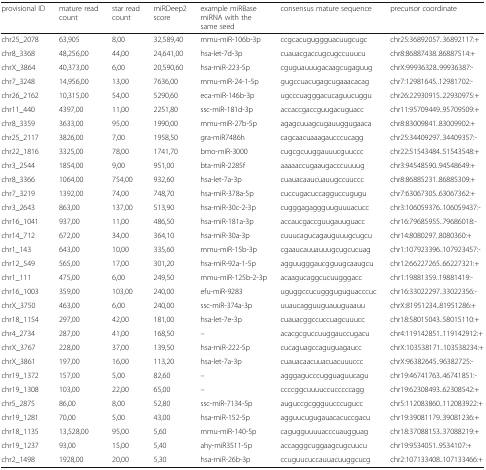
<table><thead><tr><td><b>provisional ID</b></td><td><b>mature read count</b></td><td><b>star read count</b></td><td><b>miRDeep2 score</b></td><td><b>example miRBase miRNA with the same seed</b></td><td><b>consensus mature sequence</b></td><td><b>precursor coordinate</b></td></tr></thead><tbody><tr><td>chr25_2078</td><td>63,905</td><td>8,00</td><td>32,589,40</td><td>mmu-miR-106b-3p</td><td>ccgcacuguggguacuugcugc</td><td>chr25:36892057..36892117:+</td></tr><tr><td>chr8_3368</td><td>48,256,00</td><td>44,00</td><td>24,641,00</td><td>hsa-let-7d-3p</td><td>cuauacgaccugcugccuuucu</td><td>chr8:86887438..86887514:+</td></tr><tr><td>chrX_3864</td><td>40,373,00</td><td>6,00</td><td>20,590,60</td><td>hsa-miR-223-5p</td><td>cguguauuugacaagcugaguug</td><td>chrX:99936328..99936387:-</td></tr><tr><td>chr7_3248</td><td>14,956,00</td><td>13,00</td><td>7636,00</td><td>mmu-miR-24-1-5p</td><td>gugccuacugagcugaaacacag</td><td>chr7:12981645..12981702:-</td></tr><tr><td>chr26_2162</td><td>10,315,00</td><td>54,00</td><td>5290,60</td><td>eca-miR-146b-3p</td><td>ugcccuagggacucaguucuggu</td><td>chr26:22930915..22930975:+</td></tr><tr><td>chr11_440</td><td>4397,00</td><td>11,00</td><td>2251,80</td><td>ssc-miR-181d-3p</td><td>accaccgaccguugacuguacc</td><td>chr11:95709449..95709509:+</td></tr><tr><td>chr8_3359</td><td>3633,00</td><td>95,00</td><td>1990,00</td><td>mmu-miR-27b-5p</td><td>agagcuuagcugauuggugaaca</td><td>chr8:83009841..83009902:+</td></tr><tr><td>chr25_2117</td><td>3826,00</td><td>7,00</td><td>1958,50</td><td>gra-miR7486h</td><td>cagcaacuaaagaucccucagg</td><td>chr25:34409297..34409357:-</td></tr><tr><td>chr22_1816</td><td>3325,00</td><td>78,00</td><td>1741,70</td><td>bmo-miR-3000</td><td>cugcgcuuggauuucguuccc</td><td>chr22:51543484..51543548:+</td></tr><tr><td>chr3_2544</td><td>1854,00</td><td>9,00</td><td>951,00</td><td>bta-miR-2285f</td><td>aaaaaccugaaugacccuuuug</td><td>chr3:94548590..94548649:+</td></tr><tr><td>chr8_3366</td><td>1064,00</td><td>754,00</td><td>932,60</td><td>hsa-let-7a-3p</td><td>cuauacaaucuauugccuuccc</td><td>chr8:86885231..86885309:+</td></tr><tr><td>chr7_3219</td><td>1392,00</td><td>74,00</td><td>748,70</td><td>hsa-miR-378a-5p</td><td>cuccugacuccagguccugugu</td><td>chr7:63067305..63067362:+</td></tr><tr><td>chr3_2643</td><td>863,00</td><td>137,00</td><td>513,90</td><td>hsa-miR-30c-2-3p</td><td>cugggagaggguuguuuacucc</td><td>chr3:106059376..106059437:-</td></tr><tr><td>chr16_1041</td><td>937,00</td><td>11,00</td><td>486,50</td><td>hsa-miR-181a-3p</td><td>accaucgaccguugauuguacc</td><td>chr16:79685955..79686018:-</td></tr><tr><td>chr14_712</td><td>672,00</td><td>34,00</td><td>364,10</td><td>hsa-miR-30a-3p</td><td>cuuucagucagauguuugcugcu</td><td>chr14:8080297..8080360:+</td></tr><tr><td>chr1_143</td><td>643,00</td><td>10,00</td><td>335,60</td><td>mmu-miR-15b-3p</td><td>cgaaucauuauuugcugcucuag</td><td>chr1:107923396..107923457:-</td></tr><tr><td>chr12_549</td><td>565,00</td><td>17,00</td><td>301,20</td><td>hsa-miR-92a-1-5p</td><td>agguugggaucgguugcaaugcu</td><td>chr12:66227265..66227321:+</td></tr><tr><td>chr1_111</td><td>475,00</td><td>6,00</td><td>249,50</td><td>mmu-miR-125b-2-3p</td><td>acaagucaggcucuugggacc</td><td>chr1:19881359..19881419:-</td></tr><tr><td>chr16_1003</td><td>359,00</td><td>103,00</td><td>240,00</td><td>efu-miR-9283</td><td>uguggccucuggguguguacccuc</td><td>chr16:33022297..33022356:-</td></tr><tr><td>chrX_3750</td><td>463,00</td><td>6,00</td><td>240,00</td><td>ssc-miR-374a-3p</td><td>uuaucagguuguauuguaauu</td><td>chrX:81951234..81951286:+</td></tr><tr><td>chr18_1154</td><td>297,00</td><td>42,00</td><td>181,00</td><td>hsa-let-7e-3p</td><td>cuauacggccuccuagcuuucc</td><td>chr18:58015043..58015110:+</td></tr><tr><td>chr4_2734</td><td>287,00</td><td>41,00</td><td>168,50</td><td>–</td><td>acacgcguccuuggauccugacu</td><td>chr4:119142851..119142912:+</td></tr><tr><td>chrX_3767</td><td>228,00</td><td>37,00</td><td>139,50</td><td>hsa-miR-222-5p</td><td>cucaguagccaguguagaucc</td><td>chrX:103538171..103538234:+</td></tr><tr><td>chrX_3861</td><td>197,00</td><td>16,00</td><td>113,20</td><td>hsa-let-7a-3p</td><td>cuauacaacuuacuacuuuccc</td><td>chrX:96382645..96382725:-</td></tr><tr><td>chr19_1372</td><td>157,00</td><td>5,00</td><td>82,60</td><td>–</td><td>agggagucccugguaguucagu</td><td>chr19:46741763..46741851:-</td></tr><tr><td>chr19_1308</td><td>103,00</td><td>22,00</td><td>65,00</td><td>–</td><td>ccccggcuuuuccucccccagg</td><td>chr19:62308493..62308542:+</td></tr><tr><td>chr5_2875</td><td>86,00</td><td>8,00</td><td>52,80</td><td>ssc-miR-7134-5p</td><td>auguccgcggguucccugucc</td><td>chr5:112083860..112083922:+</td></tr><tr><td>chr19_1281</td><td>70,00</td><td>5,00</td><td>43,00</td><td>hsa-miR-152-5p</td><td>agguucugugauacacuccgacu</td><td>chr19:39081179..39081236:+</td></tr><tr><td>chr18_1135</td><td>13,528,00</td><td>95,00</td><td>5,60</td><td>mmu-miR-140-5p</td><td>cagugguuuuacccuaugguag</td><td>chr18:37088153..37088219:+</td></tr><tr><td>chr19_1237</td><td>93,00</td><td>15,00</td><td>5,40</td><td>ahy-miR3511-5p</td><td>accagggcuggaagcugcuucu</td><td>chr19:9534051..9534107:+</td></tr><tr><td>chr2_1498</td><td>1928,00</td><td>20,00</td><td>5,30</td><td>hsa-miR-26b-3p</td><td>ccuguucuccauuacuuggcucg</td><td>chr2:107133408..107133466:+</td></tr></tbody></table>